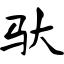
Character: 驮